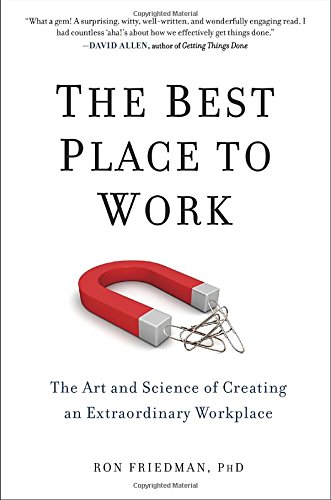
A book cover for The Best Place to Work: The Art and Science of Creating an Extraordinary Workplace; Ron Friedman  PhD; Health, Fitness & Dieting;